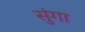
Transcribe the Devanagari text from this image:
सुंगा